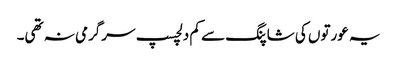
یہ عورتوں کی شاپنگ سے کم دلچسپ سرگرمی نہ تھی۔